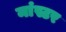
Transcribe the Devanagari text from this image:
मांस्टर